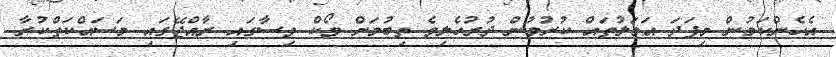
އެހެންކަމުން މިފަދަ އަމަލުތައް ކުރުމުން ދުރުހެލިވެ ތިބުމަށް ވޯކް ވިސާގައި ރާއްޖޭގައި މަސައްކަތްކުރާ